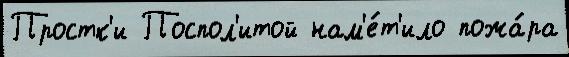
Простк'и Поспол'итой нам'е́т'ило пожа́ра